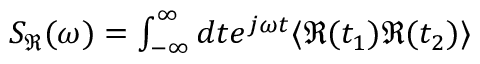
\begin{array} { r } { S _ { \Re } ( \omega ) = \int _ { - \infty } ^ { \infty } d t e ^ { j \omega t } \langle \Re ( t _ { 1 } ) \Re ( t _ { 2 } ) \rangle } \end{array}